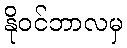
နိုဝင်ဘာလမှ